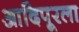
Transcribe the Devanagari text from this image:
आदिपूरला